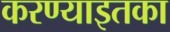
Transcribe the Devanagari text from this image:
करण्याइतका